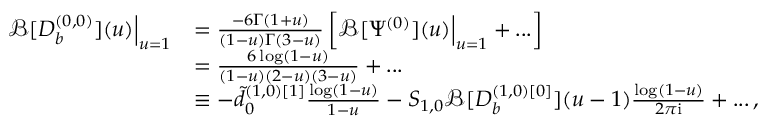
\begin{array} { r l } { \mathcal { B } [ D _ { b } ^ { ( 0 , 0 ) } ] ( u ) \Big | _ { u = 1 } } & { = \frac { - 6 \Gamma ( 1 + u ) } { ( 1 - u ) \Gamma ( 3 - u ) } \left[ \mathcal { B } [ \Psi ^ { ( 0 ) } ] ( u ) \Big | _ { u = 1 } + . . . \right] } \\ & { = \frac { 6 \log ( 1 - u ) } { ( 1 - u ) ( 2 - u ) ( 3 - u ) } + . . . } \\ & { \equiv - \tilde { d } _ { 0 } ^ { ( 1 , 0 ) [ 1 ] } \frac { \log ( 1 - u ) } { 1 - u } - S _ { 1 , 0 } \mathcal { B } [ D _ { b } ^ { ( 1 , 0 ) [ 0 ] } ] ( u - 1 ) \frac { \log ( 1 - u ) } { 2 \pi \mathrm { i } } + . . . \, , } \end{array}